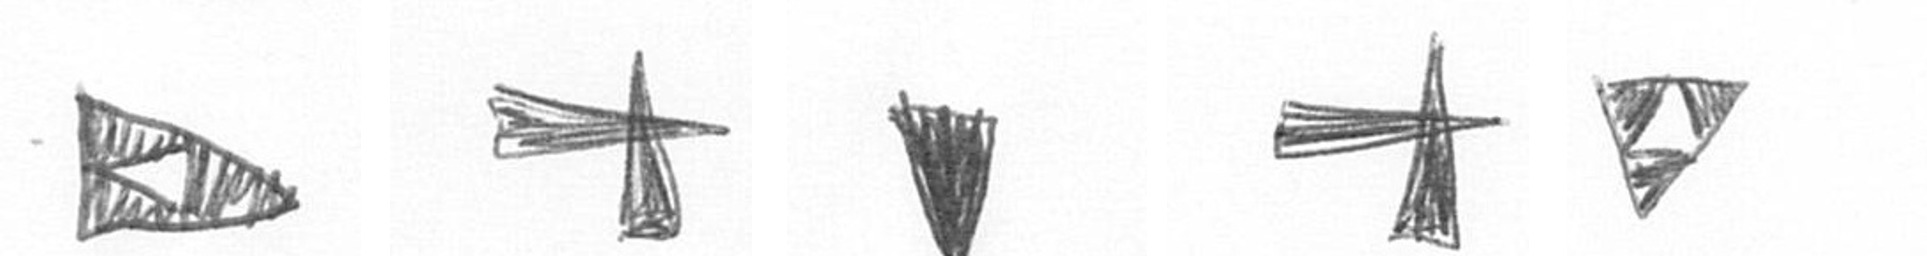
K G J G S